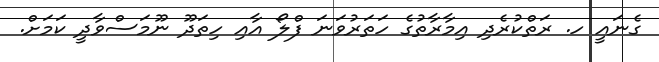
ގެނައީ ހ. ރަތްކުރެދި އިމާރާތުގެ ހަތަރުވަނަ ފްލޯ އާއި ހިތަދޫ ނޫމަސްވާދީ ކަމަށް.